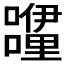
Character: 𮡝